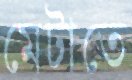
মেটাতে